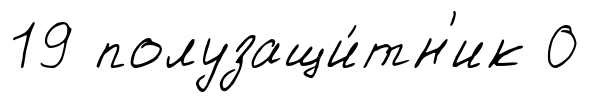
19 полузащи́тн'ик 0